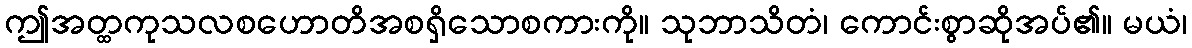
ဤအတ္ထကုသလစဟောတိအစရှိသောစကားကို။ သုဘာသိတံ၊ ကောင်းစွာဆိုအပ်၏။ မယံ၊